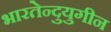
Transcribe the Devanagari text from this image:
भारतेन्दुयुगीन